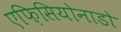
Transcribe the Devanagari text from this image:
एफ़िसियोनाडो